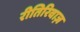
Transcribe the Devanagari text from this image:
रीतिरिवाज़